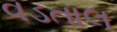
વડતાલ